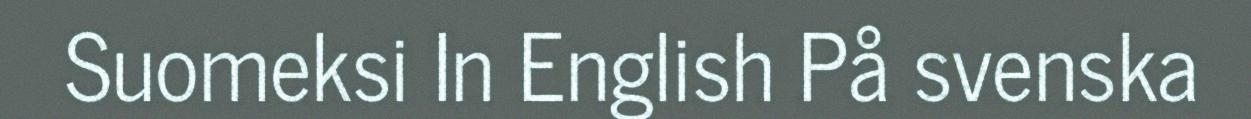
Suomeksi In English På svenska